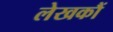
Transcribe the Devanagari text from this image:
लेखकौं